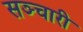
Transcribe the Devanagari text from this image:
सञ्चारी